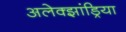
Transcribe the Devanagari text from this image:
अलेक्‍झांड्रिया